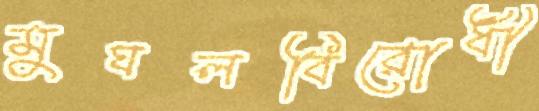
মুঘলবিরোধী